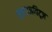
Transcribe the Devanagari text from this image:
क्लाउजविट्ज़